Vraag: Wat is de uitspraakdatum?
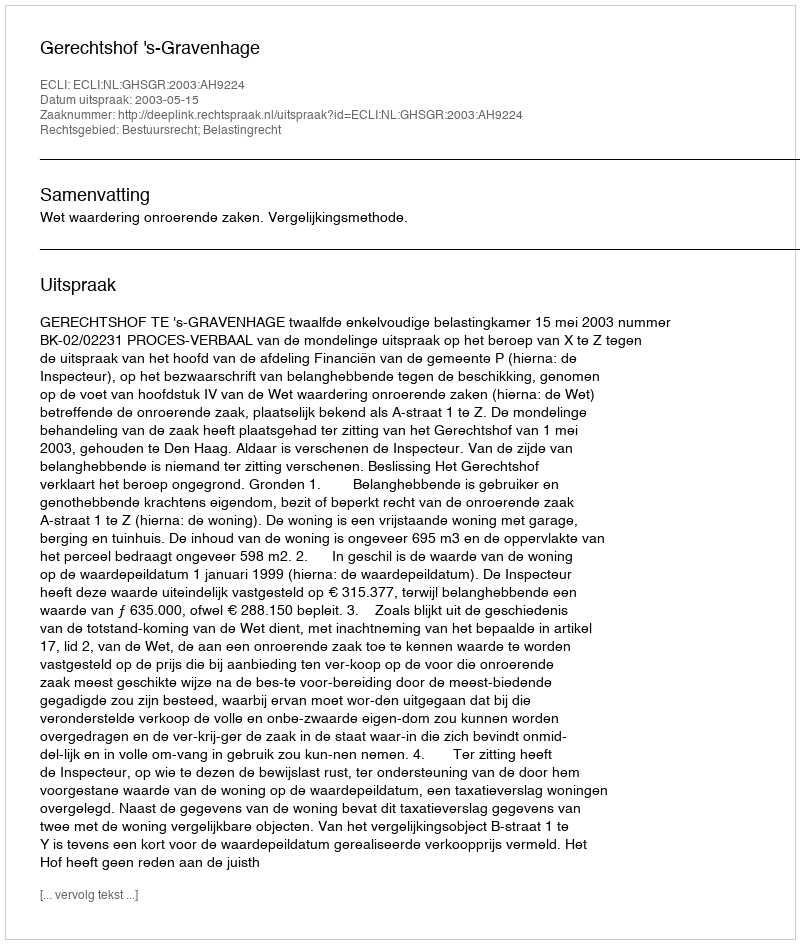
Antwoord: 2003-05-15